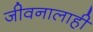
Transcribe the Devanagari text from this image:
जीवनालाही